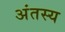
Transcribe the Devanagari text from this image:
अंतस्य